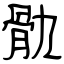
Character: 骩